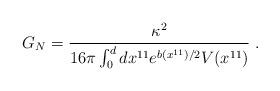
LaTeX: \begin{align*}G_N = \frac{\kappa^2}{16\pi \int_0^d dx^{11} e^{b(x^{11})/2} V(x^{11})} \; .\end{align*}